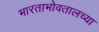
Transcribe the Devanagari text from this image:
भारताभोवतालच्या